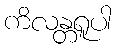
ကိလန္တရူပါ